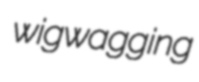
wigwagging